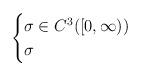
LaTeX: \begin{align*}\begin{cases}\sigma \in C^3([0,\infty)) \\\sigma \end{cases}\end{align*}